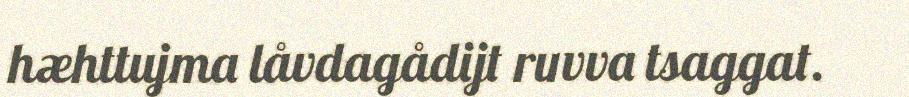
hæhttujma låvdagådijt ruvva tsaggat.